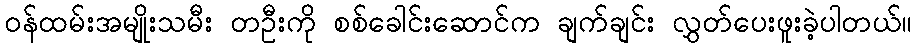
ဝန်ထမ်းအမျိုးသမီး တဦးကို စစ်ခေါင်းဆောင်က ချက်ချင်း လွှတ်ပေးဖူးခဲ့ပါတယ်။